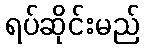
ရပ်ဆိုင်းမည်